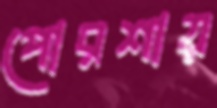
পোরশায়